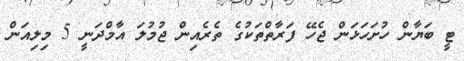
ޓީ ބަޔާން ހުށަހަޅަން ޖެހޭ ފަރާތްތަކުގެ ތެރެއިން ޖުމުލަ އާމްދަނީ 5 މިލިއަން